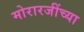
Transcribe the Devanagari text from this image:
मोरारजींच्या